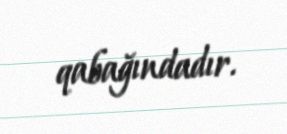
qabağındadır.